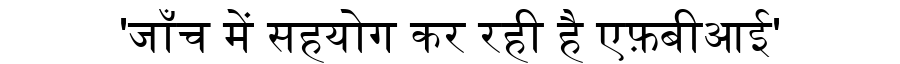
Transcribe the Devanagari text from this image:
'जाँच में सहयोग कर रही है एफ़बीआई'